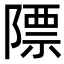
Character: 䧣